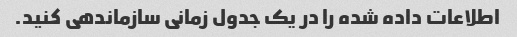
اطلاعات داده شده را در یک جدول زمانی سازماندهی کنید.